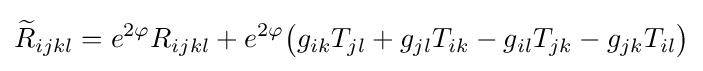
{\widetilde {R}}_{ijkl}=e^{2\varphi }R_{ijkl}+e^{2\varphi }{\big (}g_{ik}T_{jl}+g_{jl}T_{ik}-g_{il}T_{jk}-g_{jk}T_{il}{\big )}